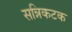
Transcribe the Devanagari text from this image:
सन्निकटक